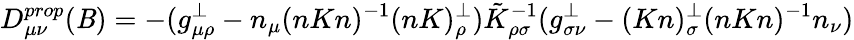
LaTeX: D_{\mu\nu}^{prop}(\mathit{B})=-(g_{\mu\rho}^{\perp}-n_{\mu}(nKn)^{-1}(nK)_{\rho}^{\perp})\tilde{{K}}_{\rho\sigma}^{-1}(g_{\sigma\nu}^{\perp}-(Kn)_{\sigma}^{\perp}(nKn)^{-1}n_{\nu})